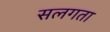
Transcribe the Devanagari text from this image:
सलगता